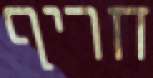
חריף